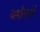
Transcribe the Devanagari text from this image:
धर्मांतरांचे